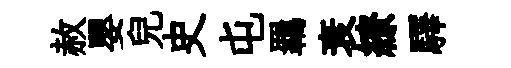
赦嬰兒史屯羈衰繚驛